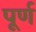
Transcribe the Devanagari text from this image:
पूर्ण